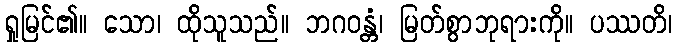
ရှုမြင်၏။ သော၊ ထိုသူသည်။ ဘဂဝန္တံ၊ မြတ်စွာဘုရားကို။ ပဿတိ၊